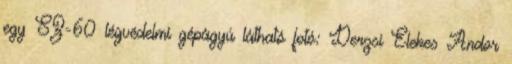
egy SZ-60 légvédelmi gépágyú látható fotó: Derzsi Elekes Andor